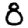
Digit: 8